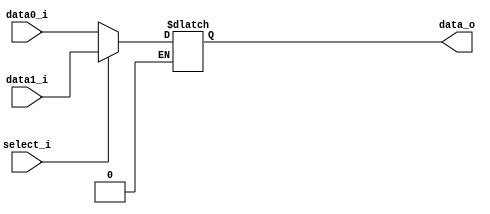

module MUX_2to1(
    data0_i,
    data1_i,
    select_i,
    data_o
    );

parameter size = 0;

//I/O ports
input   [size-1:0] data0_i;
input   [size-1:0] data1_i;
input              select_i;
output  [size-1:0] data_o;

//Internal Signals
reg     [size-1:0] data_o;

always @(*) begin
	if(select_i==1'b1)begin
		data_o=data1_i;
	end else if(select_i==1'b0)begin
		data_o=data0_i;
	end
end

endmodule